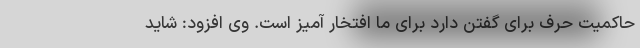
حاکمیت حرف برای گفتن دارد برای ما افتخار آمیز است. وی افزود: شاید